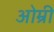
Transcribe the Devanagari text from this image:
ओम्री